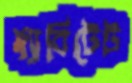
হ্যাবিটেট